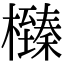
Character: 㰉